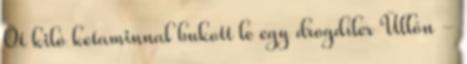
Öt kiló ketaminnal bukott le egy drogdíler Üllőn -